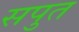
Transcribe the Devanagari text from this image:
सपुत